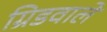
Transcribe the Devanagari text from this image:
ग्रिडवाले